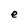
Character: e